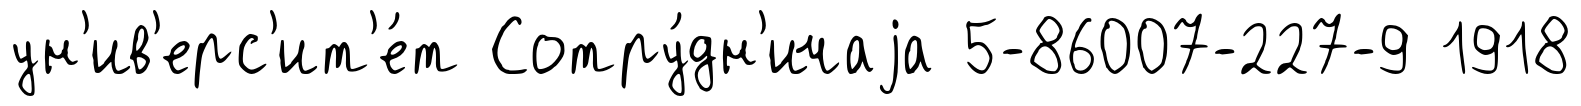
ун'ив'ерс'ит'е́т Сотру́дн'ичаjа 5-86007-227-9 1918